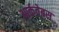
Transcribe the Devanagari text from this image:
आर्कवेबस